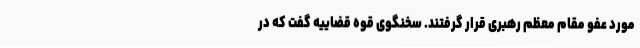
مورد عفو مقام معظم رهبری قرار گرفتند. سخنگوی قوه قضاییه گفت که در